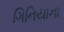
ગિનિયાના